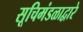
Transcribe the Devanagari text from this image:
सूचिमंडळाद्वारे